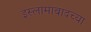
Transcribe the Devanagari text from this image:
इस्लामाबादच्या